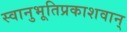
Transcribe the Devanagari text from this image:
स्वानुभूतिप्रकाशवान्